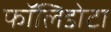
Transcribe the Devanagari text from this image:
फॉलिडोटा